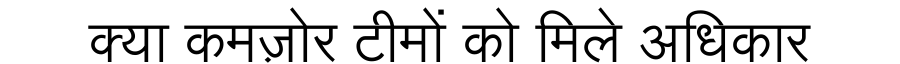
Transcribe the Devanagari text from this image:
क्या कमज़ोर टीमों को मिले अधिकार